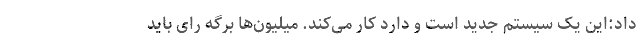
داد:این یک سیستم جدید است و دارد کار می‌کند. میلیون‌ها برگه رای باید